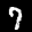
Label: 7